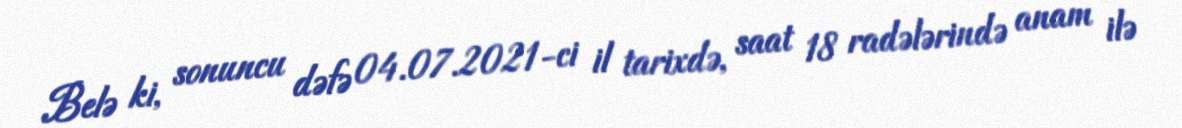
Belə ki, sonuncu dəfə 04.07.2021-ci il tarixdə, saat 18 radələrində anam ilə